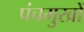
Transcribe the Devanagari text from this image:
पंचमुखों